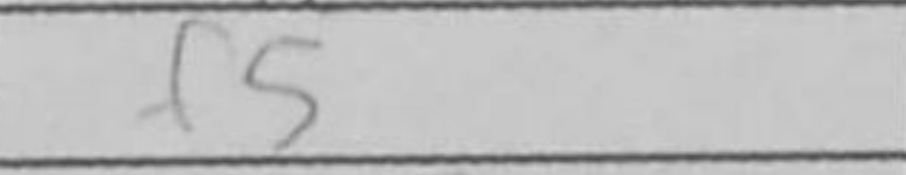
Transcription: f5